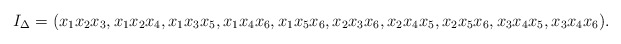
\begin{align*}I_\Delta=(x_1x_2x_3, x_1x_2x_4, x_1x_3x_5, x_1x_4x_6, x_1x_5x_6, x_2x_3x_6, x_2x_4x_5, x_2x_5x_6, x_3x_4x_5, x_3x_4x_6).\end{align*}